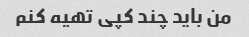
من باید چند کپی تهیه کنم